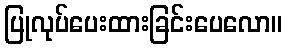
ပြုလုပ်ပေးထားခြင်းပေလော။